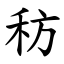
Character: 䄱